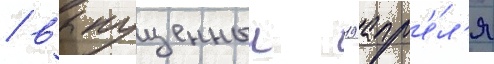
/ выпущенныи 19 апр'е́л'я